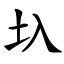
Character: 圦